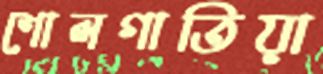
শোলগাতিয়া